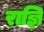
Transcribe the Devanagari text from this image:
राज्ञि